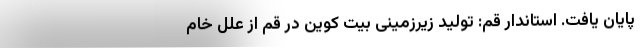
پایان یافت. استاندار قم: تولید زیرزمینی بیت کوین در قم از علل خام